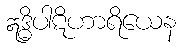
ဣဒ္ဓိပါဋိဟာရိယေန